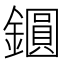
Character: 𨭦